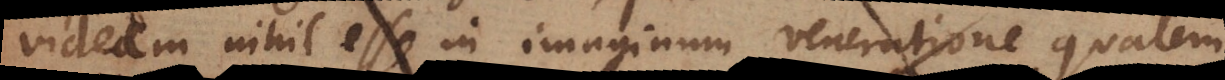
videam nihil esse in imaginum veneratione, qualem